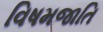
વિષમજાતિ